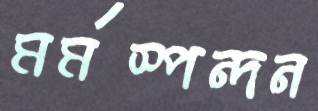
মর্মস্পন্দন